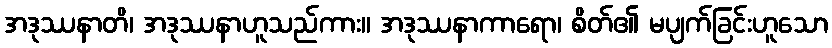
အဒုဿနာတိ၊ အဒုဿနာဟူသည်ကား။ အဒုဿနာကာရော၊ စိတ်၏ မပျက်ခြင်းဟူသော